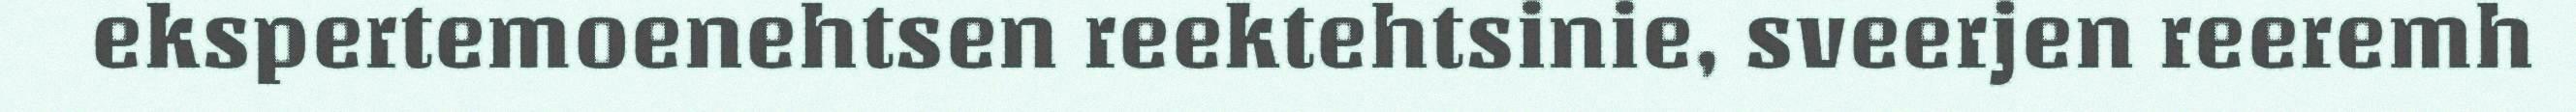
ekspertemoenehtsen reektehtsinie, sveerjen reeremh